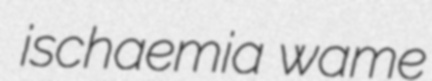
ischaemia wame